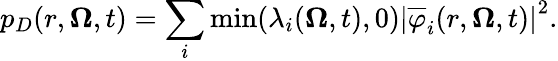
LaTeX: p_{D}(r,\boldsymbol{\Omega},t)=\sum_{i}\operatorname*{min}(\lambda_{i}(\boldsymbol{\Omega},t),0)\left|\overline{{\varphi}}_{i}(r,\boldsymbol{\Omega},t)\right|^{2}.